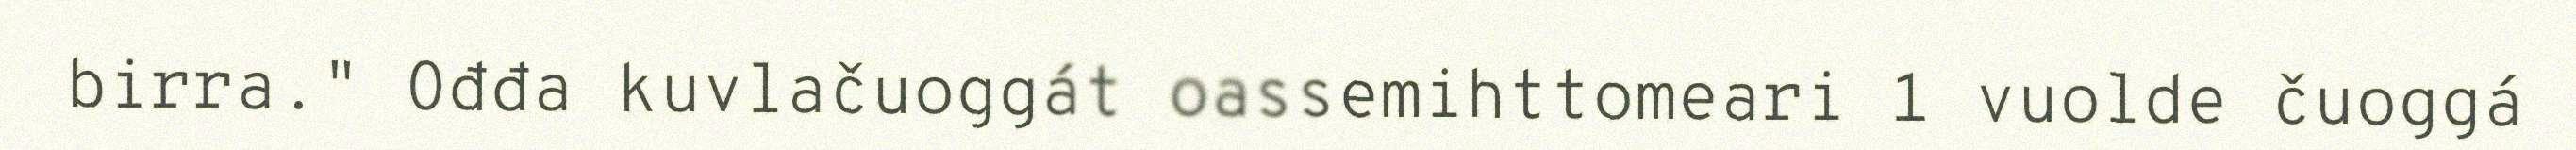
birra." Ođđa kuvlačuoggát oassemihttomeari 1 vuolde čuoggá